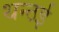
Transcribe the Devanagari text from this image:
थन्ठई